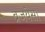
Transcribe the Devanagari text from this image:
ब्रजयेस।